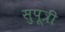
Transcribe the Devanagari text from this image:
सुपूत्री